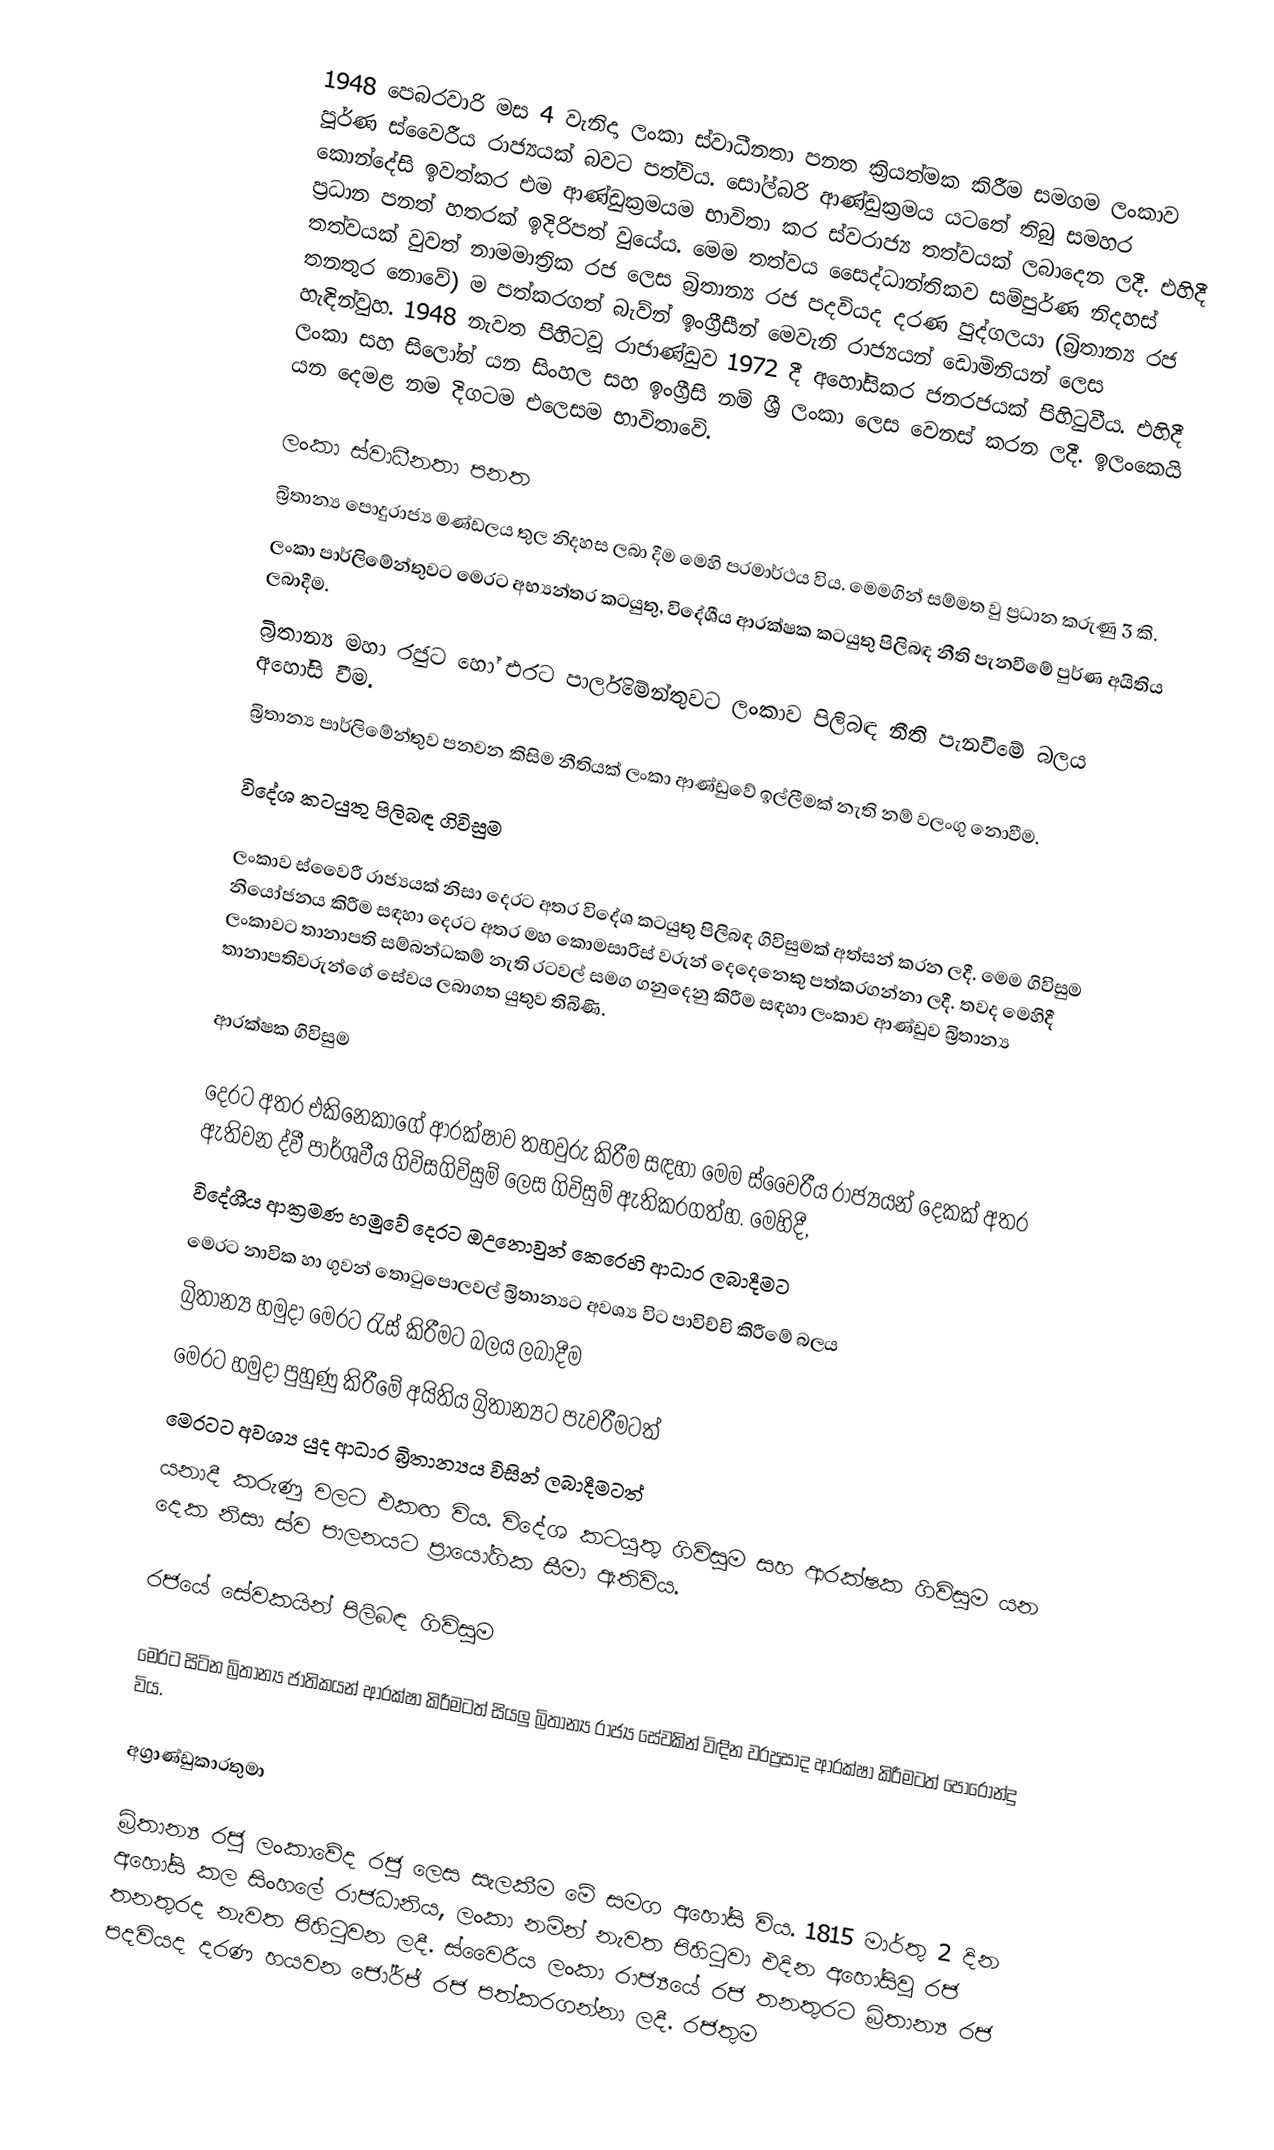
1948 පෙබරවාරි මස 4 වැනිදා ලංකා ස්වාධීනතා පනත ක්‍රියත්මක කිරීම සමගම ලංකාව  පූර්ණ ස්වෛරීය රාජ්‍යයක් බවට පත්විය. සෝල්බරි ආණ්ඩුක්‍රමය යටතේ තිබු සමහර  කොන්දේසි ඉවත්කර එම ආණ්ඩුක්‍රමයම භාවිතා කර ස්වරාජ්‍ය තත්වයක් ලබාදෙන ලදී. එහිදී ප්‍රධාන පනත් හතරක් ඉදිරිපත් වුයේය. මෙම තත්වය සෛද්ධාන්තිකව සම්පුර්ණ නිදහස් තත්වයක් වුවත් නාමමාත්‍රික රජ ලෙස බ්‍රිතාන්‍ය රජ පදවියද දරණ පුද්ගලයා (බ්‍රිතාන්‍ය රජ තනතුර නොවේ) ම පත්කරගත් බැව්න් ඉංග්‍රීසීන් මෙවැනි  රාජ්‍යයන් ඩොමිනියන් ලෙස හැඳින්වුහ.  1948 නැවත පිහිටවූ රාජාණ්ඩුව 1972 දී අහෝසිකර ජනරජයක් පිහිටුවීය. එහිදී ලංකා සහ සිලෝන් යන සිංහල සහ ඉංග්‍රීසි නම්  ශ්‍රී ලංකා ලෙස වෙනස් කරන ලදී. ඉලංකෙයි යන දෙමළ නම දිගටම එලෙසම භාවිතාවේ.

ලංකා ස්වාධීනතා පනත
බ්‍රිතාන්‍ය පොදුරාජ්‍ය මණ්ඩලය තුල නිදහස ලබා දීම මෙහි පරමාර්ථය විය. මෙමගින් සම්මත වු ප්‍රධාන කරුණු  3 කි.
 ලංකා පාර්ලිමේන්තුවට මෙරට අභ්‍යන්තර කටයුතු, විදේශීය ආරක්ෂක කටයුතු පිලිබඳ නීති පැනවීමේ පුර්ණ අයිතිය ලබාදීම.
 බ්‍රිතාන්‍ය මහා රජුට හෝ එරට පාර්ලිමේන්තුවට ලංකාව පිලිබඳ නීති පැනවීමේ බලය අහෝසි වීම.
 බ්‍රිතාන්‍ය පාර්ලිමේන්තුව පනවන කිසිම නීතියක් ලංකා ආණ්ඩුවේ ඉල්ලීමක් නැති නම් වලංගු නොවීම.

විදේශ කටයුතු පිලිබඳ ගිවිසුම

ලංකාව ස්වෛරී රාජ්‍යයක් නිසා දෙරට අතර විදේශ කටයුතු පිලිබඳ ගිවිසුමක් අත්සන් කරන ලදී. මෙම ගිවිසුම නියෝජනය කිරීම සඳහා දෙරට අතර මහ කොමසාරිස් වරුන් දෙදෙනෙකු පත්කරගන්නා ලදී. තවද මෙහිදී ලංකාවට තානාපති සම්බන්ධකම් නැති රටවල් සමග ගනුදෙනු කිරීම සඳහා ලංකාව ආණ්ඩුව බ්‍රිතාන්‍ය තානාපතිවරුන්ගේ සේවය ලබාගත යුතුව තිබිණි.

ආරක්ෂක ගිවිසුම

දෙරට අතර එකිනෙකාගේ ආරක්ෂාව තහවුරු කිරීම සඳහා මෙම ස්වෛරීය රාජ්‍යයන් දෙකක් අතර ඇතිවන ද්වී පාර්ශවීය  ගිවිසගිවිසුම් ලෙස ගිවිසුම් ඇතිකරගත්හ. මෙහිදී,
 විදේශීය ආක්‍රමණ හමුවේ දෙරට ඔඋනොවුන් කෙරෙහි ආධාර ලබාදීමට
 මෙරට නාවික හා ගුවන් තොටුපොලවල් බ්‍රිතාන්‍යට අවශ්‍ය විට පාවිච්චි කිරීමේ බලය
 බ්‍රිතාන්‍ය හමුදා මෙරට රැස් කිරීමට බලය ලබාදීම
 මෙරට හමුදා පුහුණු කිරීමේ අයිතිය බ්‍රිතාන්‍යට පැවරීමටත්
 මෙරටට අවශ්‍ය යුද ආධාර බ්‍රිතාන්‍යය විසින් ලබාදීමටත්
යනාදී කරුණු වලට එකඟ විය. විදේශ කටයුතු ගිවිසුම සහ ආරක්ෂක ගිවිසුම යන දෙක නිසා ස්ව පාලනයට ප්‍රායෝගික සීමා ඇතිවිය.

රජයේ සේවකයින් පිලිබඳ ගිවිසුම

මෙරට සිටින බ්‍රිතාන්‍ය ජාතිකයන් ආරක්ෂා කිරීමටත් සියලු බ්‍රිතාන්‍ය රාජ්‍ය සේවකින් විඳින වරප්‍රසාද ආරක්ෂා කිරීමටත් පොරොන්දු විය.

අග්‍රාණ්ඩුකාරතුමා

බ්‍රිතාන්‍ය රජු ලංකාවේද රජු ලෙස සැලකීම මේ සමග අහෝසි විය. 1815 මාර්තු 2 දින අහෝසි කල සිංහලේ රාජධානිය, ලංකා නමින් නැවත පිහිටුවා එදින අහෝසිවූ රජ තනතුරද නැවත පිහිටුවන ලදී.  ස්වෛරීය ලංකා රාජ්‍යයේ රජ තනතුරට බ්‍රිතාන්‍ය රජ පදවියද දරණ හයවන ජෝර්ජ් රජ පත්කරගන්නා ලදී.  රජතුම